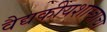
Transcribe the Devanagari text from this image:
वैद्यकीयशास्त्राचा